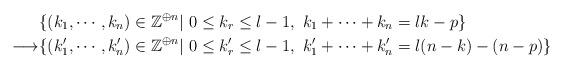
LaTeX: \begin{align*}&\{(k_1, \cdots, k_n)\in\mathbb{Z}^{\oplus n}|\ 0\leq k_r\leq l-1,\ k_1+\cdots+k_n=lk-p\}\\\longrightarrow &\{(k_1', \cdots, k_n')\in\mathbb{Z}^{\oplus n}|\ 0\leq k_r'\leq l-1,\ k_1'+\cdots+k_n'=l(n-k)-(n-p)\}\end{align*}